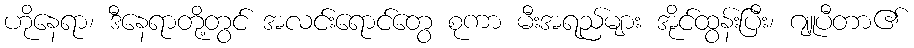
ဟိုနေရာ၊ ဒီနေရာတို့တွင် အလင်းရောင်တွေ စုကာ မီးအရည်များ အိုင်ထွန်းပြီး၊ ဂျူပီတာ၏